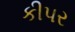
કીપર